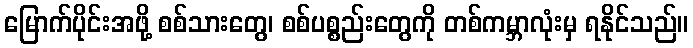
မြောက်ပိုင်းအဖို့ စစ်သားတွေ၊ စစ်ပစ္စည်းတွေကို တစ်ကမ္ဘာလုံးမှ ရနိုင်သည်။